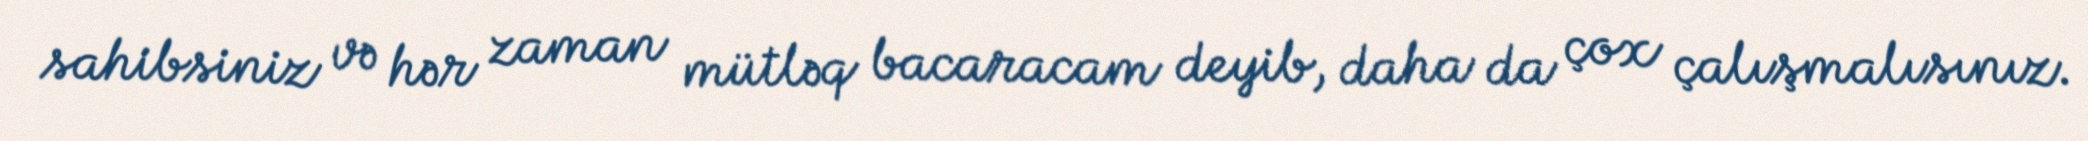
sahibsiniz və hər zaman mütləq bacaracam deyib, daha da çox çalışmalısınız.